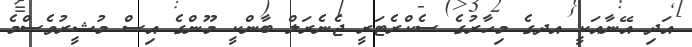
އަދި އޭނާއަކީ އދގެ މިހާރުގެ ސެކްރެޓަރީ ޖެނެރަލް ބާންކީ މޫންގެ އިސް މުޝީރުވެސްމެ